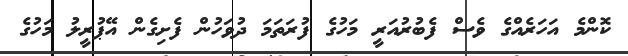
ކޮންމެ އަހަރެއްގެ ވެސް ފެބުރުއަރީ މަހުގެ ފުރަތަމަ ދުވަހުން ފެށިގެން އޭޕުރީލު މަހުގެ